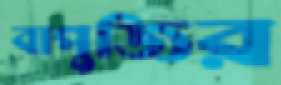
বাপুজির